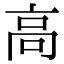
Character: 高